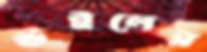
উইলের